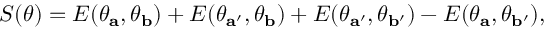
\begin{array} { r } { S ( \theta ) = E ( \theta _ { \mathbf { a } } , \theta _ { \mathbf { b } } ) + E ( \theta _ { \mathbf { a } ^ { \prime } } , \theta _ { \mathbf { b } } ) + E ( \theta _ { \mathbf { a } ^ { \prime } } , \theta _ { \mathbf { b } ^ { \prime } } ) - E ( \theta _ { \mathbf { a } } , \theta _ { \mathbf { b } ^ { \prime } } ) , } \end{array}